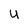
Character: U